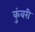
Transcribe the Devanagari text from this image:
कुंवरी